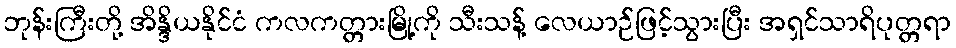
ဘုန်းကြီးတို့ အိန္ဒိယနိုင်ငံ ကလကတ္တားမြို့ကို သီးသန့် လေယာဉ်ဖြင့်သွားပြီး အရှင်သာရိပုတ္တရာ